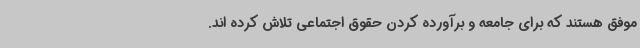
موفق هستند که برای جامعه و برآورده کردن حقوق اجتماعی تلاش کرده اند.